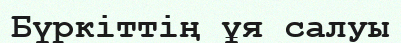
Бүркіттің ұя салуы